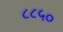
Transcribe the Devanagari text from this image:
८८५०